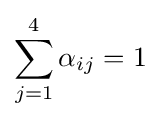
\sum _{j=1}^{4}{\alpha _{ij}}=1